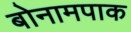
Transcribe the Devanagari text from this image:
बोनामपाक